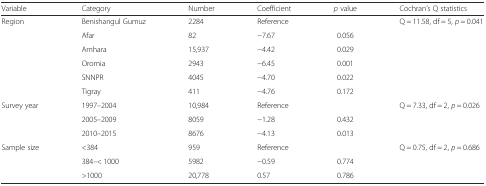
| Variable | Category | Number | Coefficient | p value | Cochran’s Q statistics |
 | --- | --- | --- | --- | --- | --- |
 | <ROWSPAN=6> Region | Benishangul Gumuz | 2284 | Reference |  | <ROWSPAN=6> Q = 11.58, df = 5, p = 0.041 |
 | Afar | 82 | −7.67 | 0.056 |
 | Amhara | 15,937 | −4.42 | 0.029 |
 | Oromia | 2943 | −6.45 | 0.001 |
 | SNNPR | 4045 | −4.70 | 0.022 |
 | Tigray | 411 | −4.76 | 0.172 |
 | <ROWSPAN=3> Survey year | 1997–2004 | 10,984 | Reference |  | <ROWSPAN=3> Q = 7.33, df = 2, p = 0.026 |
 | 2005–2009 | 8059 | −1.28 | 0.432 |
 | 2010–2015 | 8676 | −4.13 | 0.013 |
 | <ROWSPAN=3> Sample size | <384 | 959 | Reference |  | <ROWSPAN=3> Q = 0.75, df = 2, p = 0.686 |
 | 384–< 1000 | 5982 | −0.59 | 0.774 |
 | >1000 | 20,778 | 0.57 | 0.786 |